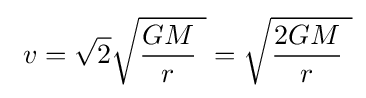
\ v={\sqrt {2}}{\sqrt {{\frac {GM}{r}}\ }}={\sqrt {{\frac {2GM}{r}}\ }}